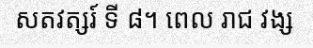
សតវត្សរ៍ ទី ៨។ ពេល រាជ វង្ស